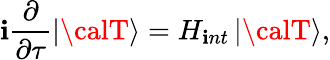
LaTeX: \mathbf{i}\frac{{\partial}}{{\partial\tau}}\left|{\calT}\right>=H_{\mathbf{i}nt}\left|{\calT}\right>,